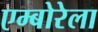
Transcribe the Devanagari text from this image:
एम्बोरेला